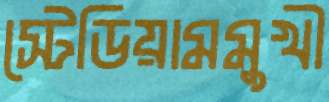
স্টেডিয়ামমুখী